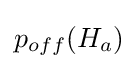
p_{off}(H_{a})